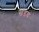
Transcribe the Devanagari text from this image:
खंडच